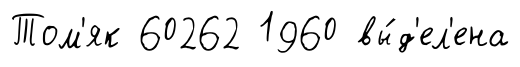
Том'як 60262 1960 вы́д'ел'ена